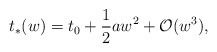
\begin{align*} t_\ast(w)=t_0+\frac{1}{2}aw^2+\mathcal{O}(w^3),\end{align*}